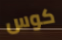
كوس